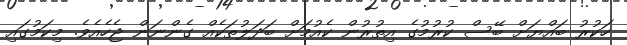
ހަކުރު ބައްޔަށް ބޭސް ކުރުމުގެ އިތުރުން ކެއުމަށް ބަދަލުތަކެއް ގެންނަން ޖެހެއެވެ. މިކަމުގައި